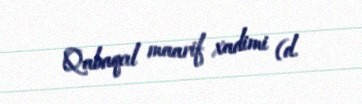
Qabaqcıl maarif xadimi (d.